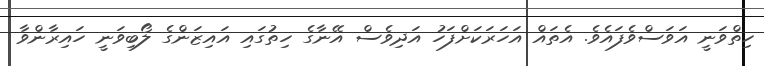
ހިތްވަނީ އަވަސްވެފައެވެ. އެތައް އަހަރަކަށްފަހު އަދިވެސް އޭނާގެ ހިތުގައި އައިޒަންގެ ލޯބިވަނީ ހައިރާންވާ